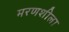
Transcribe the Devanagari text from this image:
मरणशीला